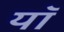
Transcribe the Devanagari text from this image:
यॉ